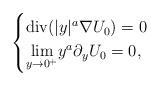
LaTeX: \begin{align*}\begin{cases}\operatorname{div} (|y|^{a} \nabla U_0)= 0\\\underset{y \to 0^+}{\lim} y^{a} \partial_y U_0 =0,\end{cases}\end{align*}